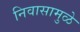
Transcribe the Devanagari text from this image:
निवासामुळे